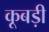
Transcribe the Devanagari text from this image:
कूबड़ी